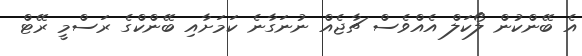
އެ ބޭންކުން ލޯކަލް އެއްވެސް ޗާޖެއް ނުނަގާނެ ކަމަށާއި ބޭންކްގެ ރަސްމީ ރޭޓް